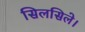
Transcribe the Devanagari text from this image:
सिलसिले।